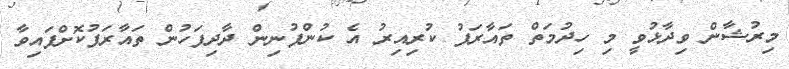
މިރުޝާން ވިދާޅުވީ މި ހިދުމަތް ތައާރަފު ކުރިއިރު އެ ކުންފުނިން ދާދިފަހުން ތައާރަފުކޮށްފައިވާ